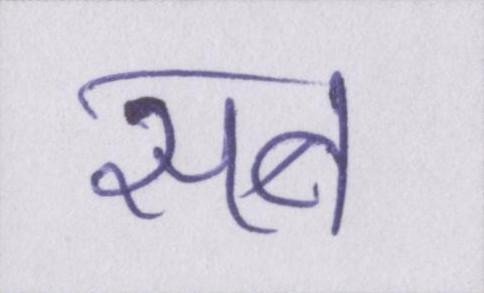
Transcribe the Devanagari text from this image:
सब